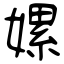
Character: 嫘